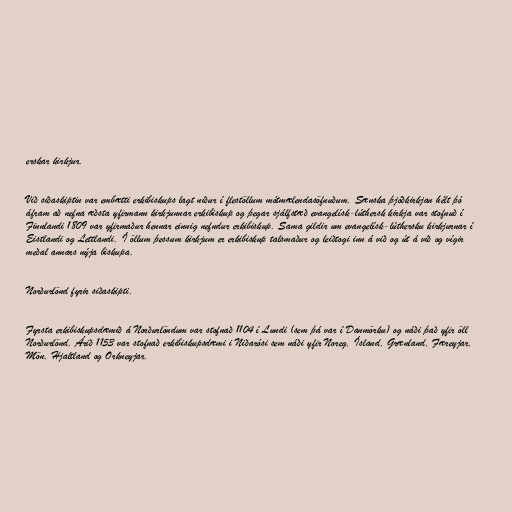
erskar kirkjur.

Við siðaskiptin var embætti erkibiskups lagt niður í flestöllum mótmælendasöfnuðum. Sænska þjóðkirkjan hélt þó
áfram að nefna æðsta yfirmann kirkjunnar erkibiskup og þegar sjálfstæð evangelísk-lúthersk kirkja var stofnuð í
Finnlandi 1809 var yfirmaður hennar einnig nefndur erkibiskup. Sama gildir um evangelísk-lúthersku kirkjurnar í
Eistlandi og Lettlandi. Í öllum þessum kirkjum er erkibiskup talsmaður og leiðtogi inn á við og út á við og vígir
meðal annars nýja biskupa.

Norðurlönd fyrir siðaskipti.

Fyrsta erkibiskupsdæmið á Norðurlöndum var stofnað 1104 í Lundi (sem þá var í Danmörku) og náði það yfir öll
Norðurlönd. Árið 1153 var stofnað erkibiskupsdæmi i Niðarósi sem náði yfir Noreg, Ísland, Grænland, Færeyjar,
Mön, Hjaltland og Orkneyjar.